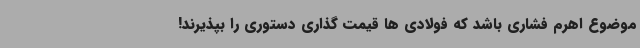
موضوع اهرم فشاری باشد که فولادی ها قیمت گذاری دستوری را بپذیرند!